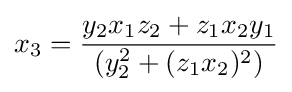
x_{3}={\frac {y_{2}x_{1}z_{2}+z_{1}x_{2}y_{1}}{(y_{2}^{2}+(z_{1}x_{2})^{2})}}